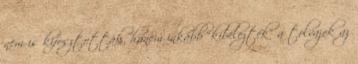
nem is kifosztották, hanem inkább “kibelezték” a tolvajok az